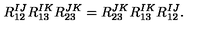
R _ { 1 2 } ^ { I J } R _ { 1 3 } ^ { I K } R _ { 2 3 } ^ { J K } = R _ { 2 3 } ^ { J K } R _ { 1 3 } ^ { I K } R _ { 1 2 } ^ { I J } .